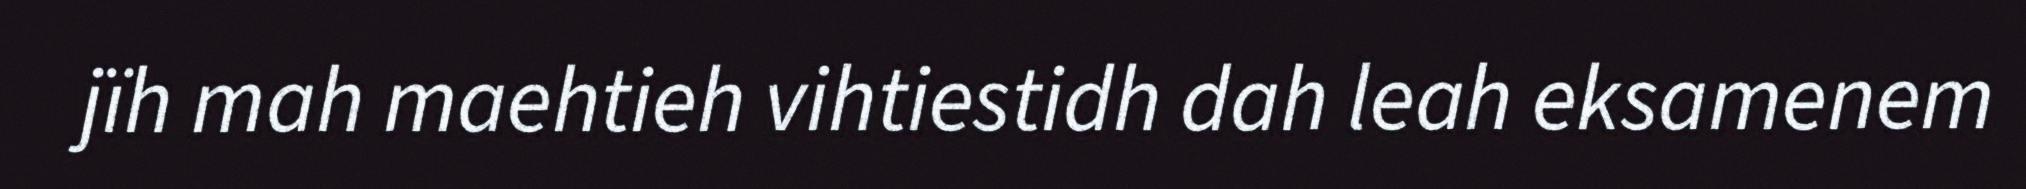
jïh mah maehtieh vihtiestidh dah leah eksamenem